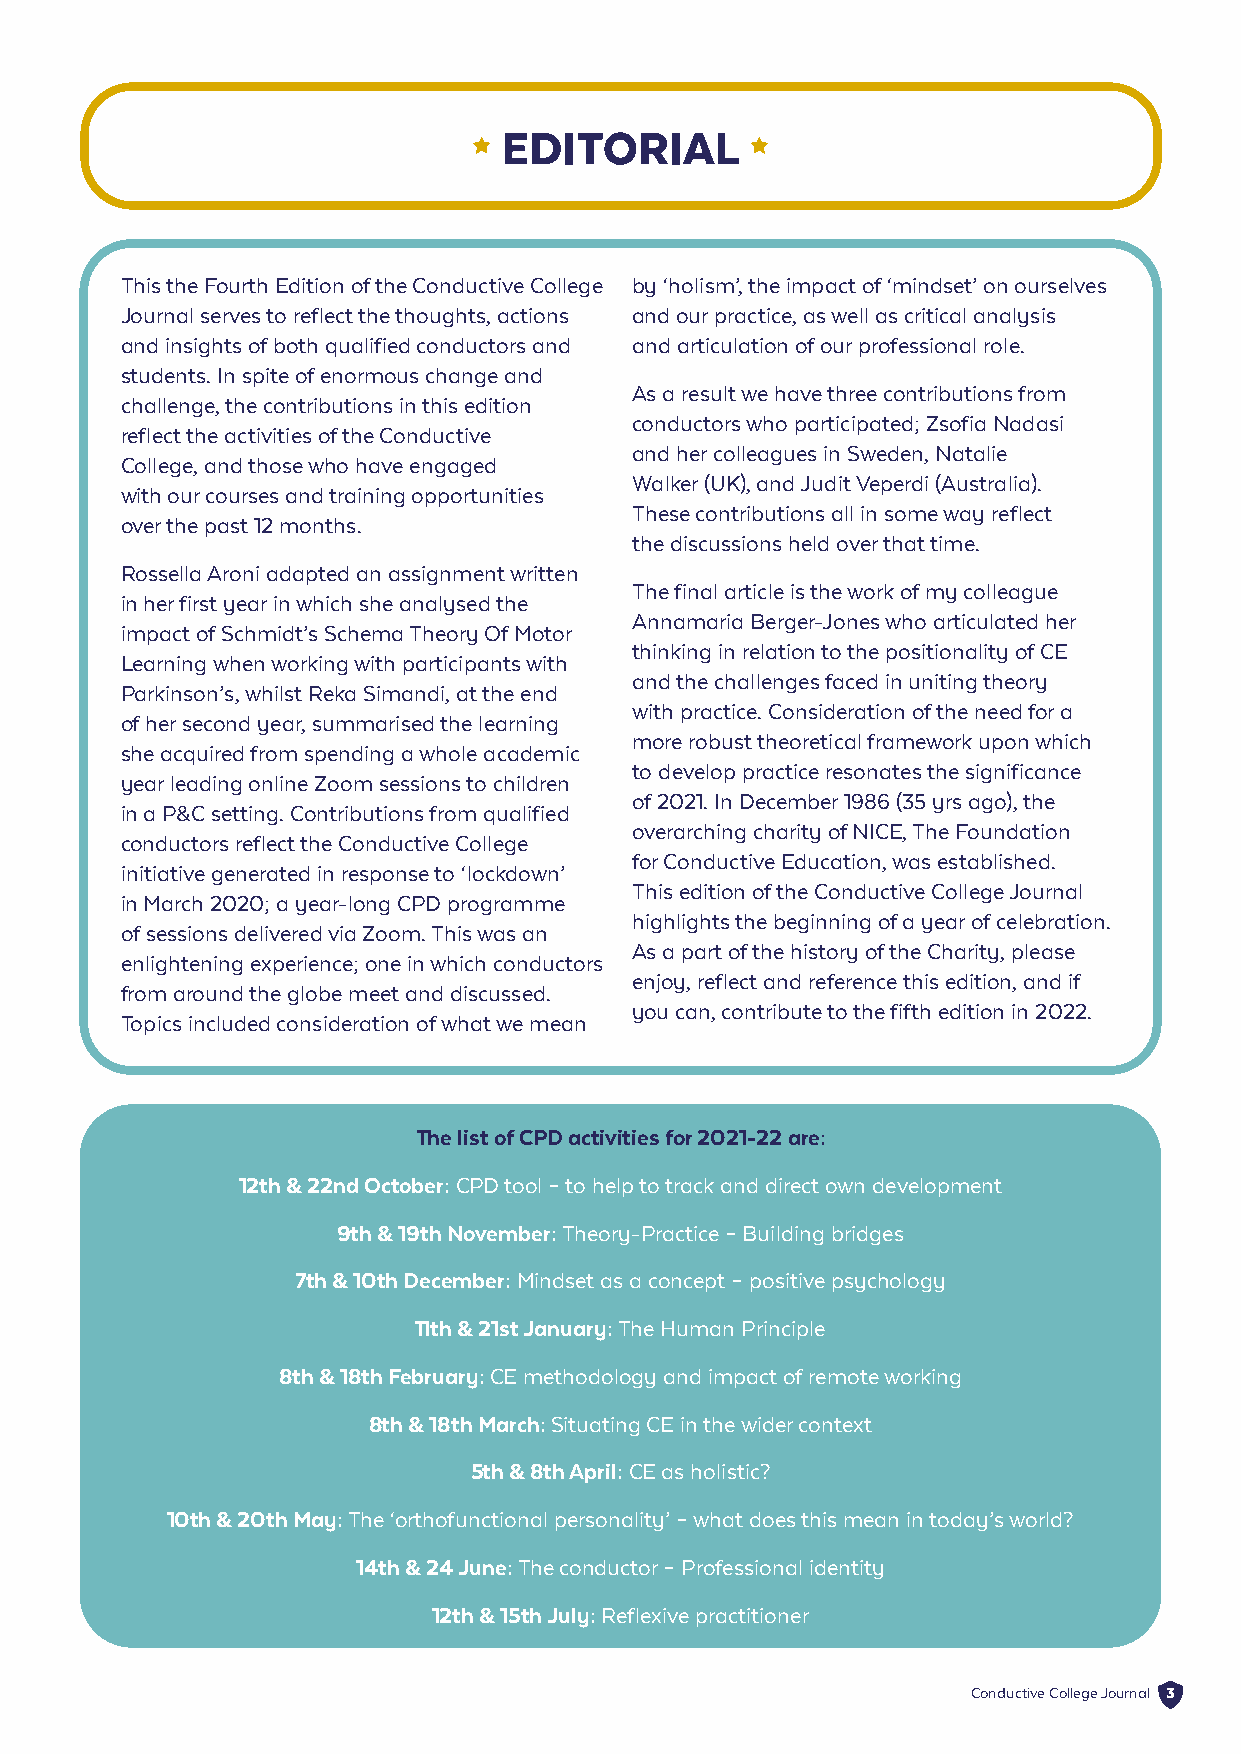
EDITORIAL
 This the Fourth Edition of the Conductive College by ‘holism’, the impact of ‘mindset’ on ourselves
 Journal serves to reflect the thoughts, actions and our practice, as well as critical analysis
 and insights of both qualified conductors and and articulation of our professional role.
 students. In spite of enormous change and
 As a result we have three contributions from
 challenge, the contributions in this edition
 conductors who participated; Zsofia Nadasi
 reflect the activities of the Conductive
 and her colleagues in Sweden, Natalie
 College, and those who have engaged
 Walker (UK), and Judit Veperdi (Australia).
 with our courses and training opportunities
 These contributions all in some way reflect
 over the past 12 months.
 the discussions held over that time.
 Rossella Aroni adapted an assignment written
 The final article is the work of my colleague
 in her first year in which she analysed the
 Annamaria Berger-Jones who articulated her
 impact of Schmidt’s Schema Theory Of Motor
 thinking in relation to the positionality of CE
 Learning when working with participants with
 and the challenges faced in uniting theory
 Parkinson’s, whilst Reka Simandi, at the end
 with practice. Consideration of the need for a
 of her second year, summarised the learning
 more robust theoretical framework upon which
 she acquired from spending a whole academic
 to develop practice resonates the significance
 year leading online Zoom sessions to children
 of 2021. In December 1986 (35 yrs ago), the
 in a P&C setting. Contributions from qualified
 overarching charity of NICE, The Foundation
 conductors reflect the Conductive College
 for Conductive Education, was established.
 initiative generated in response to ‘lockdown’
 This edition of the Conductive College Journal
 in March 2020; a year-long CPD programme
 highlights the beginning of a year of celebration.
 of sessions delivered via Zoom. This was an
 As a part of the history of the Charity, please
 enlightening experience; one in which conductors
 enjoy, reflect and reference this edition, and if
 from around the globe meet and discussed.
 you can, contribute to the fifth edition in 2022.
 Topics included consideration of what we mean
 The list of CPD activities for 2021-22 are:
 12th & 22nd October: CPD tool – to help to track and direct own development
 9th & 19th November: Theory-Practice – Building bridges
 7th & 10th December: Mindset as a concept – positive psychology
 11th & 21st January: The Human Principle
 8th & 18th February: CE methodology and impact of remote working
 8th & 18th March: Situating CE in the wider context
 5th & 8th April: CE as holistic?
 10th & 20th May: The ‘orthofunctional personality’ – what does this mean in today’s world?
 14th & 24 June: The conductor – Professional identity
 12th & 15th July: Reflexive practitioner
 Conductive College Journal 3